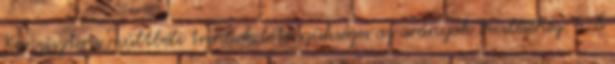
Konzisztens múltbéli trendek léte szükséges az arányok becsléséhez. 5-8